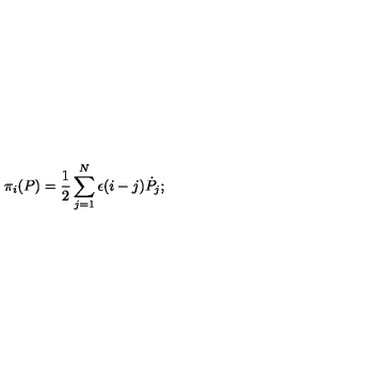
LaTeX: \pi _ { i } ( P ) = { \frac { 1 } { 2 } } \sum _ { j = 1 } ^ { N } \epsilon ( i - j ) { \dot { P } } _ { j } ;